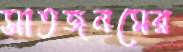
সাতজনমের